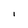
Character: l